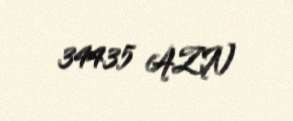
34435 AZN